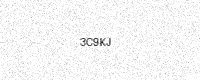
Text: 3C9KJ